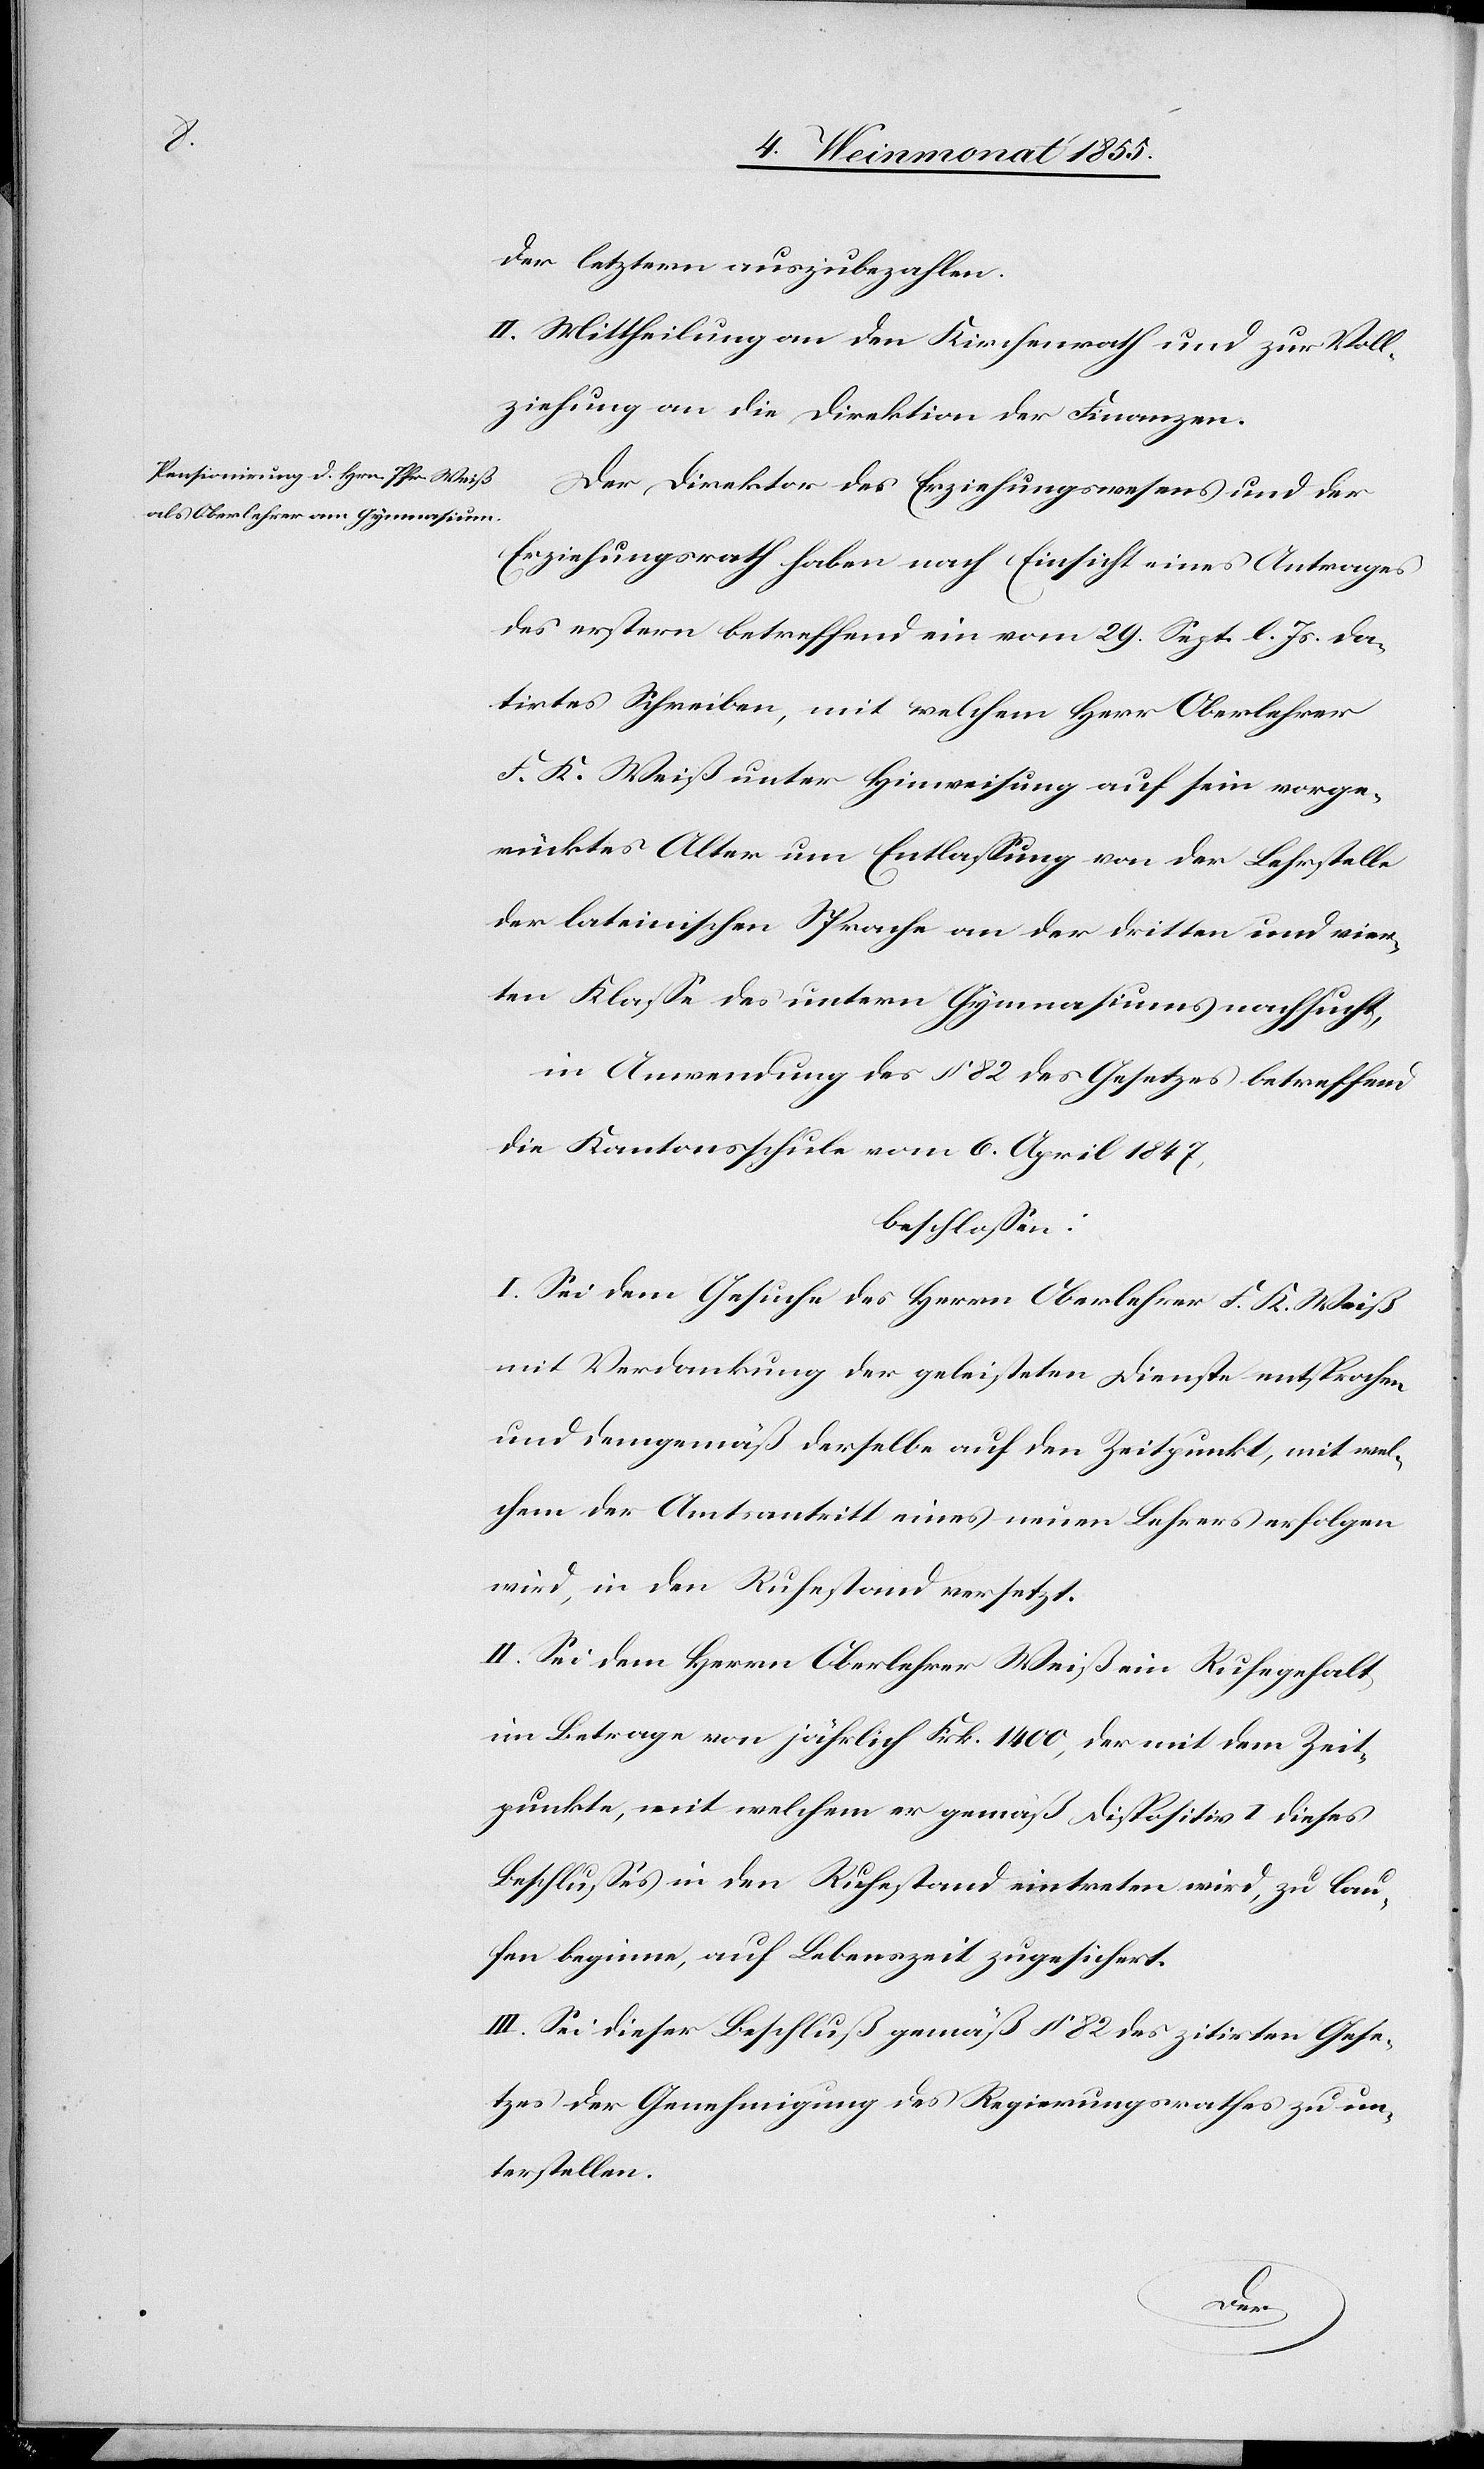
der letztern auszubezahlen.
II. Mittheilung an den Kirchenrath und zur Voll¬
ziehung an die Direktion der Finanzen.
Der Direktor des Erziehungswesens und der
Erziehungsrath haben nach Einsicht eines Antrages
des erstern betreffend ein vom 29. Sept. l. Js. da¬
tirtes Schreiben, mit welchem Herr Oberlehrer
F. K. Weiß unter Hinweisung auf sein vorge¬
rücktes Alter um Entlassung von der Lehrstelle
der lateinischen Sprache an der dritten und vier¬
ten Klasse des untern Gymnasiums nachsucht,
in Anwendung des § 82 des Gesetzes betreffend
die Kantonsschule vom 6. April 1847,
beschlossen:
I. Sei dem Gesuche des Herrn Oberlehrer F. K. Weiß
mit Verdankung der geleisteten Dienste entsprochen
und demgemäß derselbe auf den Zeitpunkt, mit wel¬
chem der Amtsantritt eines neuen Lehrers erfolgen
wird, in den Ruhestand versetzt.
II. Sei dem Herrn Oberlehrer Weiß ein Ruhegehalt
im Betrage von jährlich Frk. 1400, der mit dem Zeit¬
punkte, mit welchem er gemäß Dispositiv I dieses
Beschlusses in den Ruhestand eintreten wird, zu lau¬
fen beginne, auf Lebenszeit zugesichert.
III. Sei dieser Beschluß gemäß § 82 des zitirten Gese¬
tzes der Genehmigung des Regierungsrathes zu un¬
terstellen.